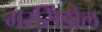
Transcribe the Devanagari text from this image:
मरसिंडोल